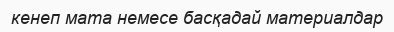
кенеп мата немесе басқадай материалдар